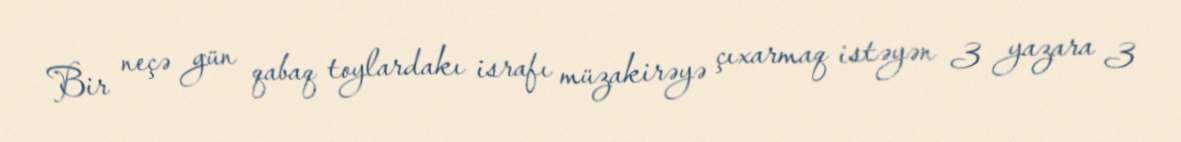
Bir neçə gün qabaq toylardakı israfı müzakirəyə çıxarmaq istəyən 3 yazara 3